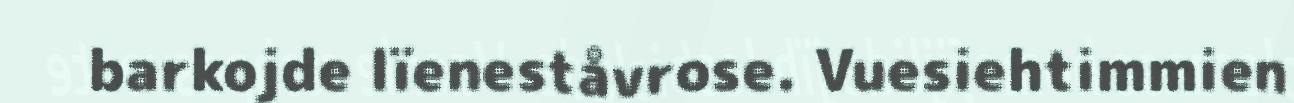
barkojde lïeneståvrose. Vuesiehtimmien